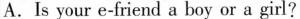
A.Is your e-friend a boy or a girl?